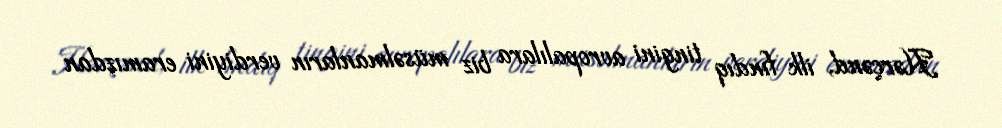
Hərçənd, ilk fındıq tingini avropalılara biz müsəlmanların verdiyini eramızdan